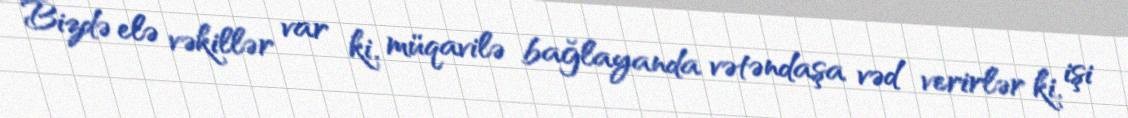
Bizdə elə vəkillər var ki, müqavilə bağlayanda vətəndaşa vəd verirlər ki, işi